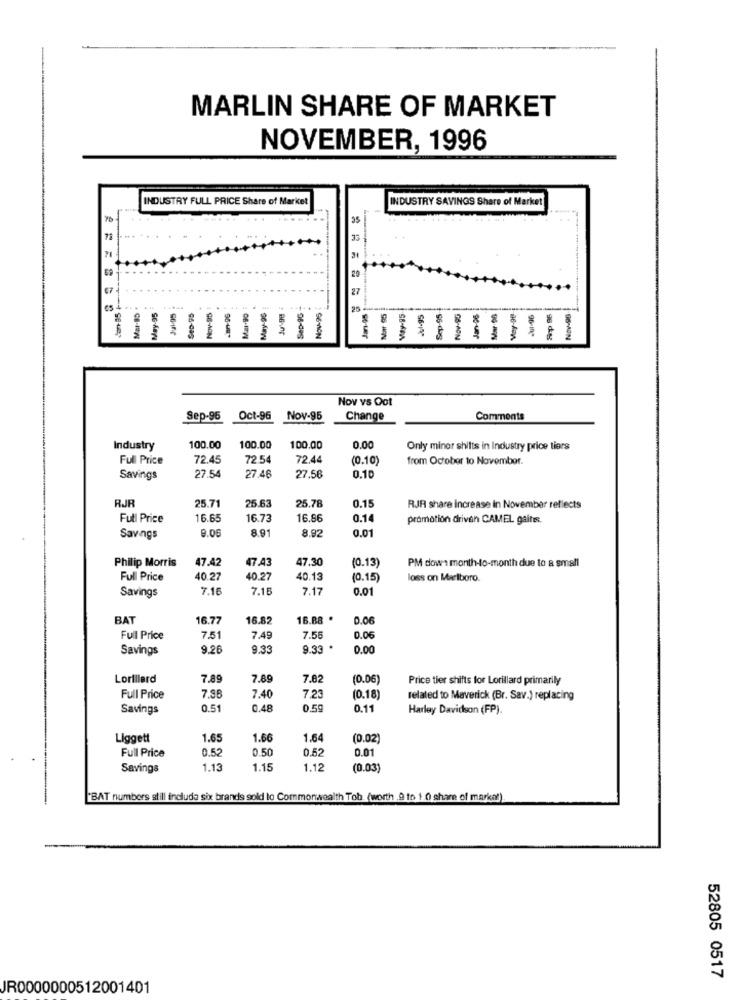
MARLIN SHARE OF MARKET
NOVEMBER, 1996
INDUSTRY FULL PRICE Share of Market
INDUSTRY SAVINGS Share of Market
76
35
Mar 95
40v-96-
Mar-85
May-95
Jul-95
46
Sep-9G
25 ---
Jan-95
Nov-95
96-In
26-Aan
Nov vS Oot
Sep-96
Oct-96 Nov-95
Change
Comments
Industry
100.00
100.00
100.00
0.00
Only miner shifts in Industry price tiers
Full Price
72.45
72.54
72.44
(0.10)
from October to November.
Savings
27.54
27.46
27.56
0.10
RJR
25.63
25.78
0.15
25.71
RJR share Increase in November reflects
Full Price
16.65
16.73
16.86
0.14
promotion driven CAMEL gaits.
9.00
8.91
8.92
0.01
Savings
Philip Morris
47.42
47.43
47.30
(0.13)
PM down month-to-month due to a small
Full Price
40.27
40.27
40.13
(0.15)
loss on Marlboro.
7.16
7.15
7.17
0.01
Savings
BAT
16.77
16.82
16.88 .
0.06
Full Price
7.51
7.49
7.56
0.06
Savings
9.26
9.33
9.33 .
0.00
Lorillard
7.89
7.89
7.82
(0.06)
Price tier shifts for Lorillard primarily
7.40
Full Price
7.96
7.23
(0.18)
related to Maverick (Br. Sav.) replacing
Savings
0.51
0.48
0.59
0.11
Harley Davidson (FP).
Liggett
1.65
1.66
1.64
(0.02)
0.52
0.50
0.52
Full Price
0.01
Savings
1.13
1.15
1.12
(0.03)
"BAT numbers still include six brands sold to Commonwealth Tob (worth ,9 to 1 .0 share of market)
52805 0517
JR0000000512001401